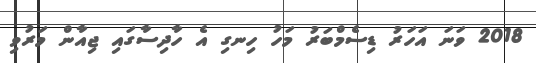
2018 ވަނަ އަހަރު ޑިސެމްބަރު މަހު ހިނގި އެ ހާދިސާގައި ޖިއާން މަރުވި